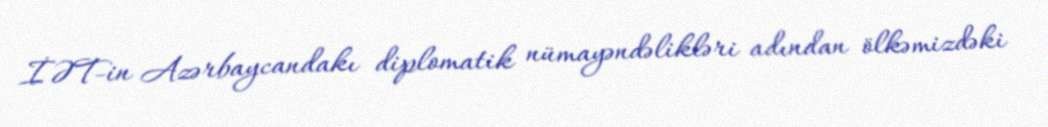
İƏT-in Azərbaycandakı diplomatik nümayəndəlikləri adından ölkəmizdəki